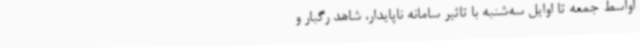
اواسط جمعه تا اوایل سه‌شنبه با تاثیر سامانه ناپایدار، شاهد رگبار و